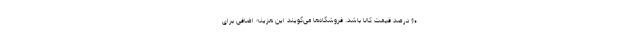
۶۰ درصد قیمت کالا باشد. فروشگاه‌ها می‌گویند این هزینه اضافی برای